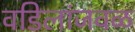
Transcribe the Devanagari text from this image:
वडिलांजवळ